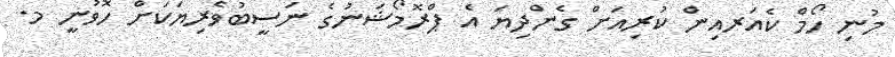
މުނި ހޯމް ކެއަރއިން ކުރިއަށް ގެންދިޔަ އެ ޕްރޮމޯޝަނުގެ ނަސީބުވެރިޔަކަށް ހޮވުނީ މ.